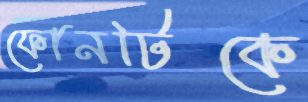
ফোনটিকে